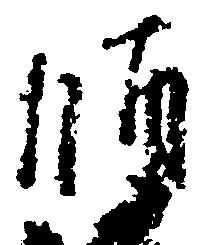
師